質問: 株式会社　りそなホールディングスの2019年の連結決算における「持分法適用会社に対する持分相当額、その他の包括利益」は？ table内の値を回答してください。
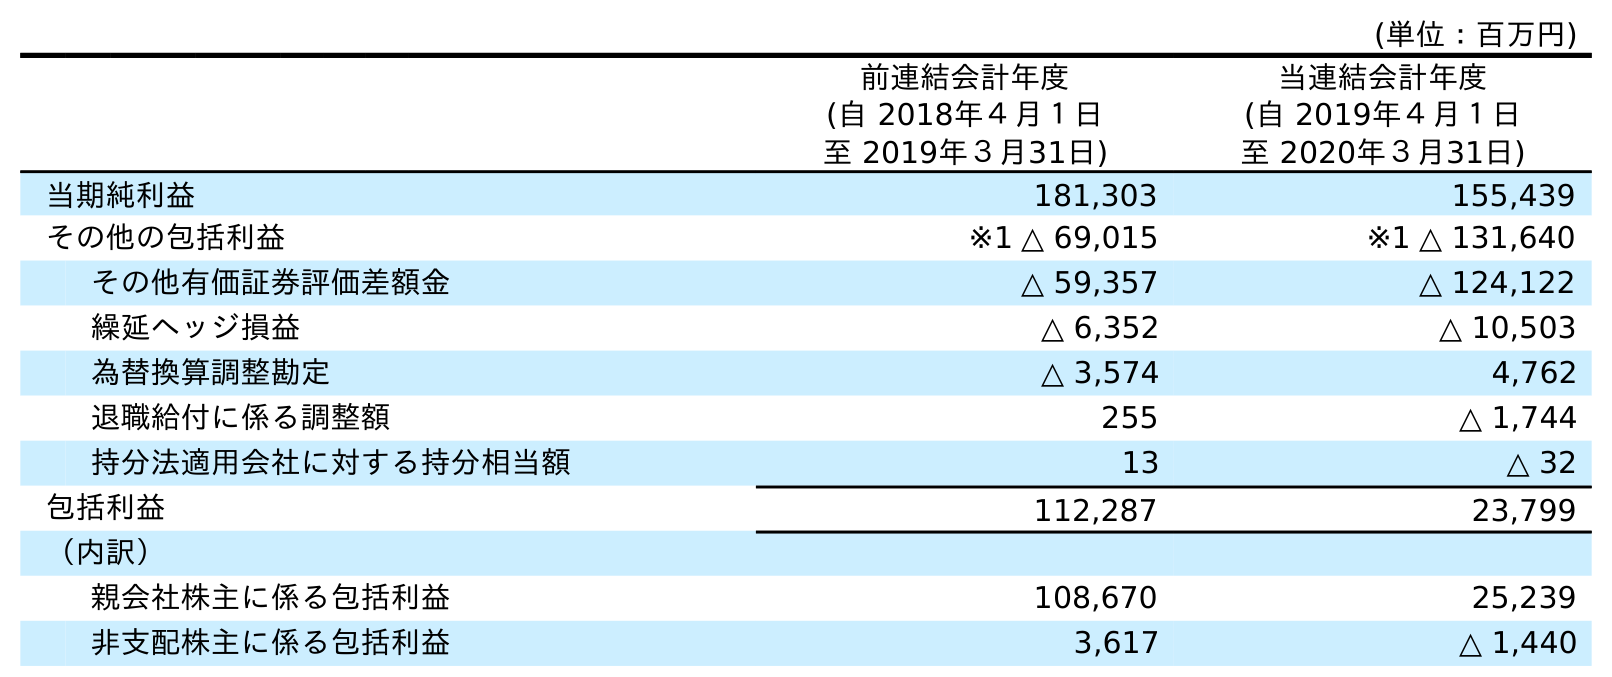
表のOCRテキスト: (単位：百万円) 前連結会計年度 (自 2018年４月１日 至 2019年３月31日) 当連結会計年度 (自 2019年４月１日 至 2020年３月31日) 当期純利益 181,303 155,439 その他の包括利益 ※1 △ 69,015 ※1 △ 131,640 その他有価証券評価差額金 △ 59,357 △ 124,122 繰延ヘッジ損益 △ 6,352 △ 10,503 為替換算調整勘定 △ 3,574 4,762 退職給付に係る調整額 255 △ 1,744 持分法適用会社に対する持分相当額 13 △ 32 包括利益 112,287 23,799 （内訳） 親会社株主に係る包括利益 108,670 25,239 非支配株主に係る包括利益 3,617 △ 1,440
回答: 13